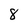
Character: 8